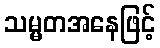
သမ္မတအနေဖြင့်